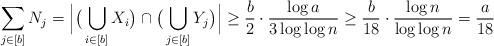
LaTeX: \begin{align*}\sum_{j\in[b]} N_j = \Big|\big(\bigcup_{i\in [b]} X_i\big)\cap \big(\bigcup_{j\in [b]} Y_j\big)\Big| \ge \frac{b}{2}\cdot \frac{\log a}{3\log\log n} \ge \frac{b}{18} \cdot \frac{\log n}{\log\log n} = \frac{a}{18}\end{align*}